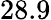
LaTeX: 28.9